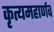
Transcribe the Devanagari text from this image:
कृत्यमहार्णव